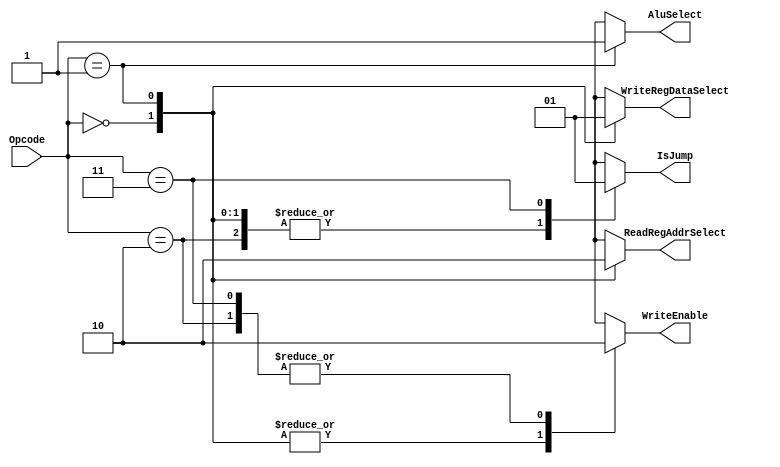
module ControlUnit (input[1:0] Opcode,output reg IsJump,output reg ReadRegAddrSelect,output reg AluSelect,output reg WriteRegDataSelect,output reg WriteEnable);

always @ ( * )
begin
  case (Opcode)
		2'b00 :// mov
		begin
			IsJump             = 1'b0;
			ReadRegAddrSelect  = 1'b1;
			AluSelect          = 1'bx;
			WriteRegDataSelect = 1'b0;
			WriteEnable        = 1'b1;
		end
		2'b01 :// sll
		begin
			IsJump             = 1'b0;
			ReadRegAddrSelect  = 1'b0;
			AluSelect          = 1'b1;
			WriteRegDataSelect = 1'b1;
			WriteEnable        = 1'b1;
		end
		2'b10 :
		begin
			IsJump             = 1'b0;
			ReadRegAddrSelect  = 1'bx;
			AluSelect          = 1'bx;
			WriteRegDataSelect = 1'bx;
			WriteEnable        = 1'b0;
		end
		2'b11 :// j
		begin
			IsJump             = 1'b1;
			ReadRegAddrSelect  = 1'bx;
			AluSelect          = 1'bx;
			WriteRegDataSelect = 1'bx;
			WriteEnable        = 1'b0;
		end
	endcase
end

endmodule